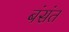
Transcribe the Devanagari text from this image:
बंसंत